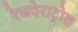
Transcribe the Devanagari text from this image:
रेजवेराट्रोल